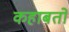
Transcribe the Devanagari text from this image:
कहाबतों